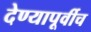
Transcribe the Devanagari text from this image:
देण्यापूर्वीच